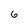
Character: 6